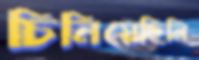
চিনিয়েছিলি